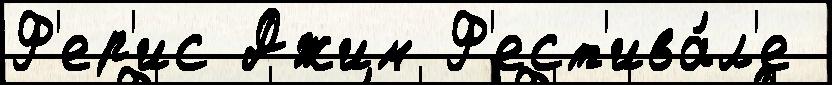
Ф'ер'ис Джим Ф'ест'ива́л'е